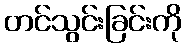
တင်သွင်းခြင်းကို